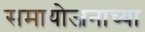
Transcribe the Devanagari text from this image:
समायोजनाच्या